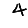
Digit: 4